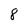
Character: 8